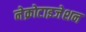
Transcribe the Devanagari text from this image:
नेक्रोटाइजेशन